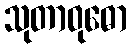
သုတာဝုဓော